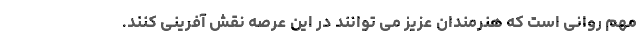
مهم روانی است که هنرمندان عزیز می توانند در این عرصه نقش آفرینی کنند.